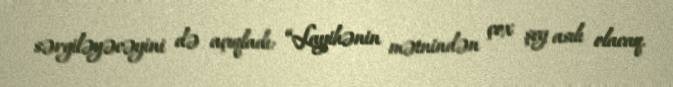
sərgiləyəcəyini də açıqladı: “Layihənin mətnindən çox şey asılı olacaq.